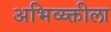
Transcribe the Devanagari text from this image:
अभिव्य्क्तीला